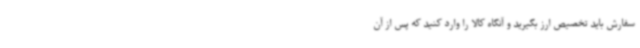
سفارش باید تخصیص ارز بگیرید و آنگاه کالا را وارد کنید که پس از آن